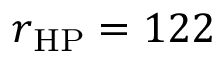
r _ { \mathrm { { H P } } } = 1 2 2